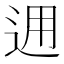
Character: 𨒗